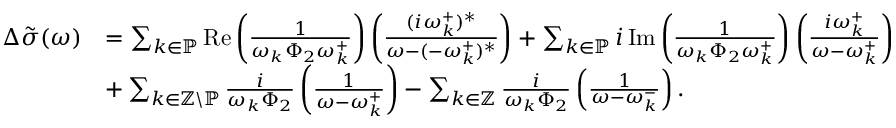
\begin{array} { r l } { \Delta \tilde { \sigma } ( \omega ) } & { = \sum _ { k \in \mathbb { P } } \operatorname { R e } \left( \frac { 1 } { \omega _ { k } \Phi _ { 2 } \omega _ { k } ^ { + } } \right) \left( \frac { ( i \omega _ { k } ^ { + } ) ^ { * } } { \omega - ( - \omega _ { k } ^ { + } ) ^ { * } } \right) + \sum _ { k \in \mathbb { P } } i \operatorname { I m } \left( \frac { 1 } { \omega _ { k } \Phi _ { 2 } \omega _ { k } ^ { + } } \right) \left( \frac { i \omega _ { k } ^ { + } } { \omega - \omega _ { k } ^ { + } } \right) } \\ & { + \sum _ { k \in \mathbb { Z } \backslash \mathbb { P } } \frac { i } { \omega _ { k } \Phi _ { 2 } } \left( \frac { 1 } { \omega - \omega _ { k } ^ { + } } \right) - \sum _ { k \in \mathbb { Z } } \frac { i } { \omega _ { k } \Phi _ { 2 } } \left( \frac { 1 } { \omega - \omega _ { k } ^ { - } } \right) . } \end{array}